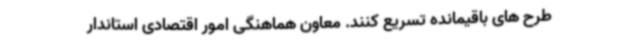
طرح های باقیمانده تسریع کنند. معاون هماهنگی امور اقتصادی استاندار